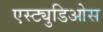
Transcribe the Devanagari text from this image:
एस्ट्युडिओस